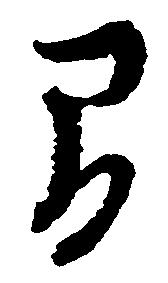
間